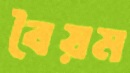
বৈয়ম